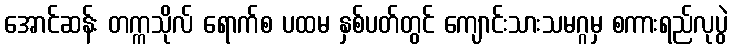
အောင်ဆန်း တက္ကသိုလ် ရောက်စ ပထမ နှစ်ပတ်တွင် ကျောင်းသားသမဂ္ဂမှ စကားရည်လုပွဲ